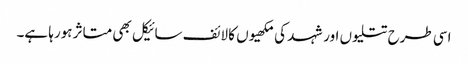
اسی طرح تتلیوں اور شہد کی مکھیوں کا لائف سائیکل بھی متاثر ہورہا ہے۔